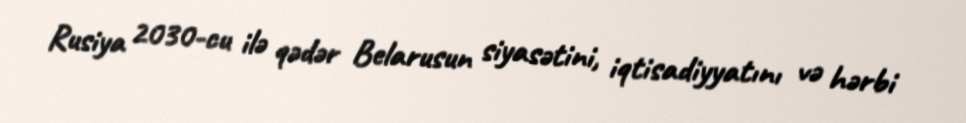
Rusiya 2030-cu ilə qədər Belarusun siyasətini, iqtisadiyyatını və hərbi